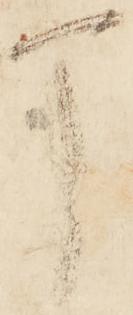
丁